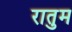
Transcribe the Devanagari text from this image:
रातुम